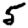
Digit: 5